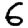
Digit: 6